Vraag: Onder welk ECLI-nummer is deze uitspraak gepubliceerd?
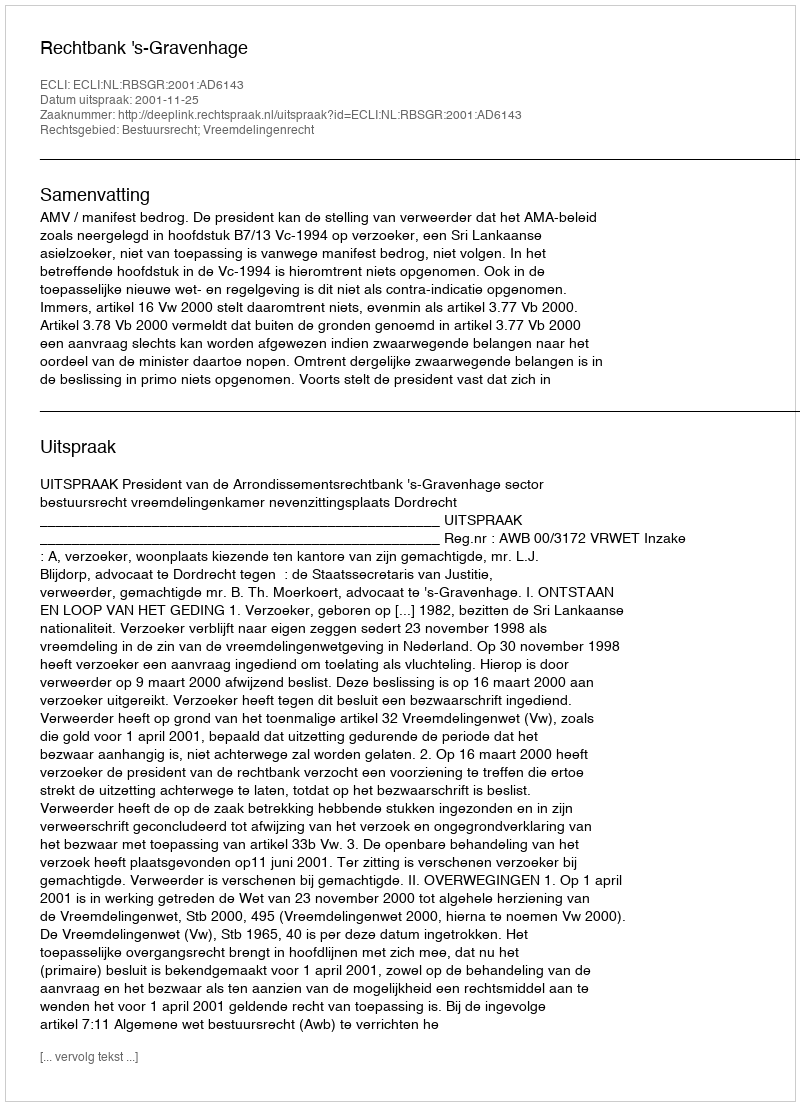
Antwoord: ECLI:NL:RBSGR:2001:AD6143